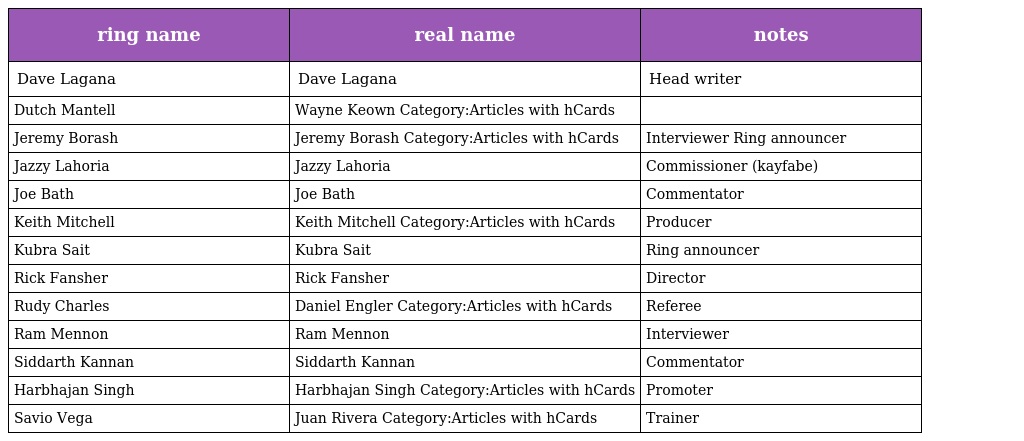
| ring name | real name | notes |
 | --- | --- | --- |
 | Dave Lagana | Dave Lagana | Head writer |
 | Dutch Mantell | Wayne Keown Category:Articles with hCards |  |
 | Jeremy Borash | Jeremy Borash Category:Articles with hCards | Interviewer Ring announcer |
 | Jazzy Lahoria | Jazzy Lahoria | Commissioner (kayfabe) |
 | Joe Bath | Joe Bath | Commentator |
 | Keith Mitchell | Keith Mitchell Category:Articles with hCards | Producer |
 | Kubra Sait | Kubra Sait | Ring announcer |
 | Rick Fansher | Rick Fansher | Director |
 | Rudy Charles | Daniel Engler Category:Articles with hCards | Referee |
 | Ram Mennon | Ram Mennon | Interviewer |
 | Siddarth Kannan | Siddarth Kannan | Commentator |
 | Harbhajan Singh | Harbhajan Singh Category:Articles with hCards | Promoter |
 | Savio Vega | Juan Rivera Category:Articles with hCards | Trainer |